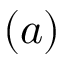
( a )